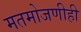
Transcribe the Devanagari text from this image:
मतमोजणीही